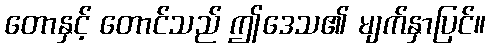
တောနှင့် တောင်သည် ဤဒေသ၏ မျက်နှာပြင်။